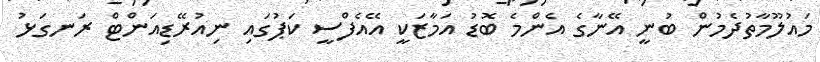
މައުލޫމާތުދެމުން ބުނީ އޭނާގެ އެންމެ ބޮޑު އަމާޒަކީ އޭއެފްސީ ކަޕުގައި ނިއުރޭޑިއަންޓް ރަނގަޅު